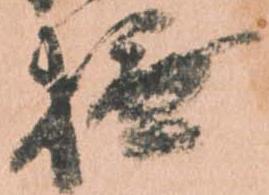
撫